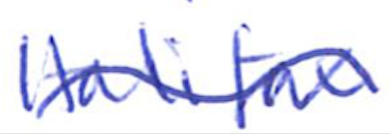
Text: Halifax
Cross-out: wave
Writing tool: ballpoint